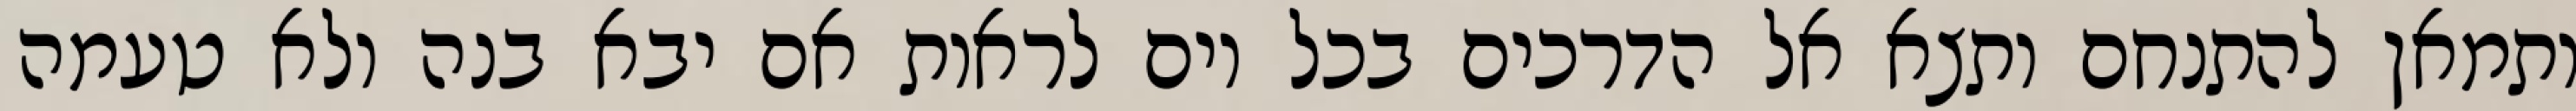
ותמאן להתנחם ותצא אל הדרכים בכל יום לראות אם יבא בנה ולא טעמה